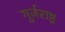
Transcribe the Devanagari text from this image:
गुर्जराष्ट्र